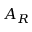
A _ { R }